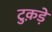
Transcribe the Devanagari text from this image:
टुक़ड़े